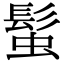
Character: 𩭃